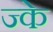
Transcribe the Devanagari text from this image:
ज्के